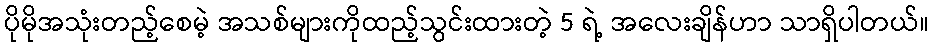
ပိုမိုအသုံးတည့်စေမဲ့ အသစ်များကိုထည့်သွင်းထားတဲ့ 5 ရဲ့ အလေးချိန်ဟာ သာရှိပါတယ်။